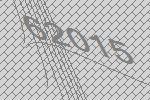
62015